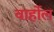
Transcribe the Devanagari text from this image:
वार्होल